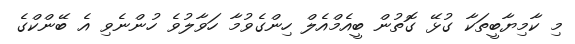
މި ކާމިޔާބީތަކާ ގުޅޭ ގޮތުން ބީއެމްއެލް ހިންގެވުމާ ހަވާލުވެ ހުންނެވި އެ ބޭންކްގެ